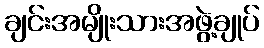
ချင်းအမျိုးသားအဖွဲ့ချုပ်